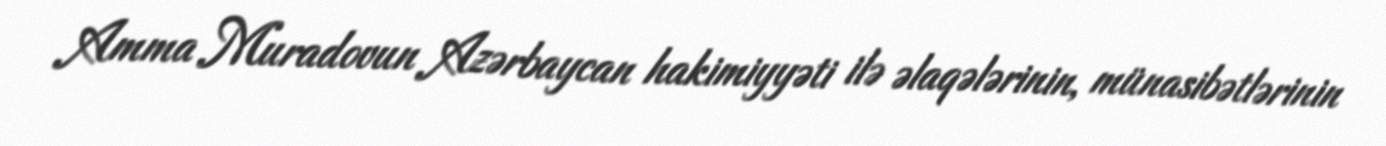
Amma Muradovun Azərbaycan hakimiyyəti ilə əlaqələrinin, münasibətlərinin